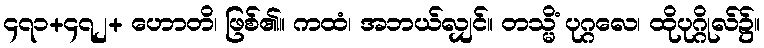
၄၇၁+၄၇၂+ ဟောတိ၊ ဖြစ်၏။ ကထံ၊ အဘယ်လျှင်။ တသ္မိံ ပုဂ္ဂလေ၊ ထိုပုဂ္ဂိုလ်၌။